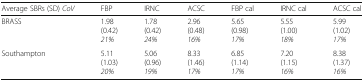
<table><thead><tr><td><b>Average SBRs (SD) <i>CoV</i></b></td><td><b>FBP</b></td><td><b>IRNC</b></td><td><b>ACSC</b></td><td><b>FBP cal</b></td><td><b>IRNC cal</b></td><td><b>ACSC cal</b></td></tr></thead><tbody><tr><td>BRASS</td><td>1.98(0.42)<i>21%</i></td><td>1.78(0.42)<i>24%</i></td><td>2.96(0.48)<i>16%</i></td><td>5.65(0.98)<i>17%</i></td><td>5.55(1.00)<i>18%</i></td><td>5.99(1.02)<i>17%</i></td></tr><tr><td>Southampton</td><td>5.11(1.03)<i>20%</i></td><td>5.06(0.96)<i>19%</i></td><td>8.33(1.46)<i>17%</i></td><td>6.85(1.14)<i>17%</i></td><td>7.20(1.15)<i>16%</i></td><td>8.38(1.37)<i>16%</i></td></tr></tbody></table>